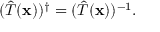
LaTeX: ( { \hat { T } } ( \mathbf { x } ) ) ^ { \dagger } = ( { \hat { T } } ( \mathbf { x } ) ) ^ { - 1 } .